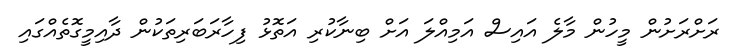
ރަށްރަށުން މީހުން މާލެ އައިސް އަމިއްލަ އަށް ބިނާކުރި އަތޮޅު ފިހާރަބަރިތަކުން ދާއިމީގޮތެއްގައި